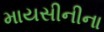
માયસીનીના